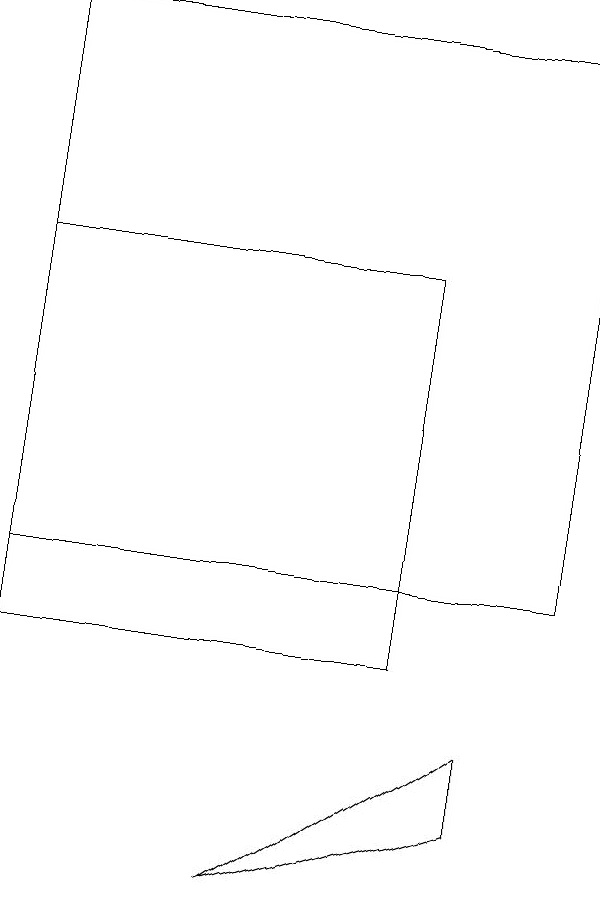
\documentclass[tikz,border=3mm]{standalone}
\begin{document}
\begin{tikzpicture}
\draw (0,15) rectangle (5,10);
\draw (6,8) -- (3,7) -- (6,9) -- cycle;
\draw (0,18) rectangle (7,11);
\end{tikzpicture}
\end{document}